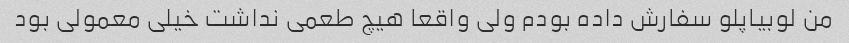
من لوبیاپلو سفارش داده بودم ولی واقعا هیچ طعمی نداشت خیلی معمولی بود